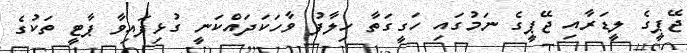
ޖޭޕީގެ ލީޑަރާއި ޖޭޕީގެ ނަމުގައި ހަގީގަތާ ހިލާފު ވާހަކަދައްކަނީ ގުޅިފައިވާ ޕާޓީ ތަކުގެ